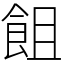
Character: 飷